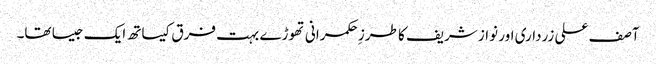
آصف علی زرداری اور نواز شریف کا طرزِ حکمرانی تھوڑے بہت فرق کیساتھ ایک جیسا تھا۔